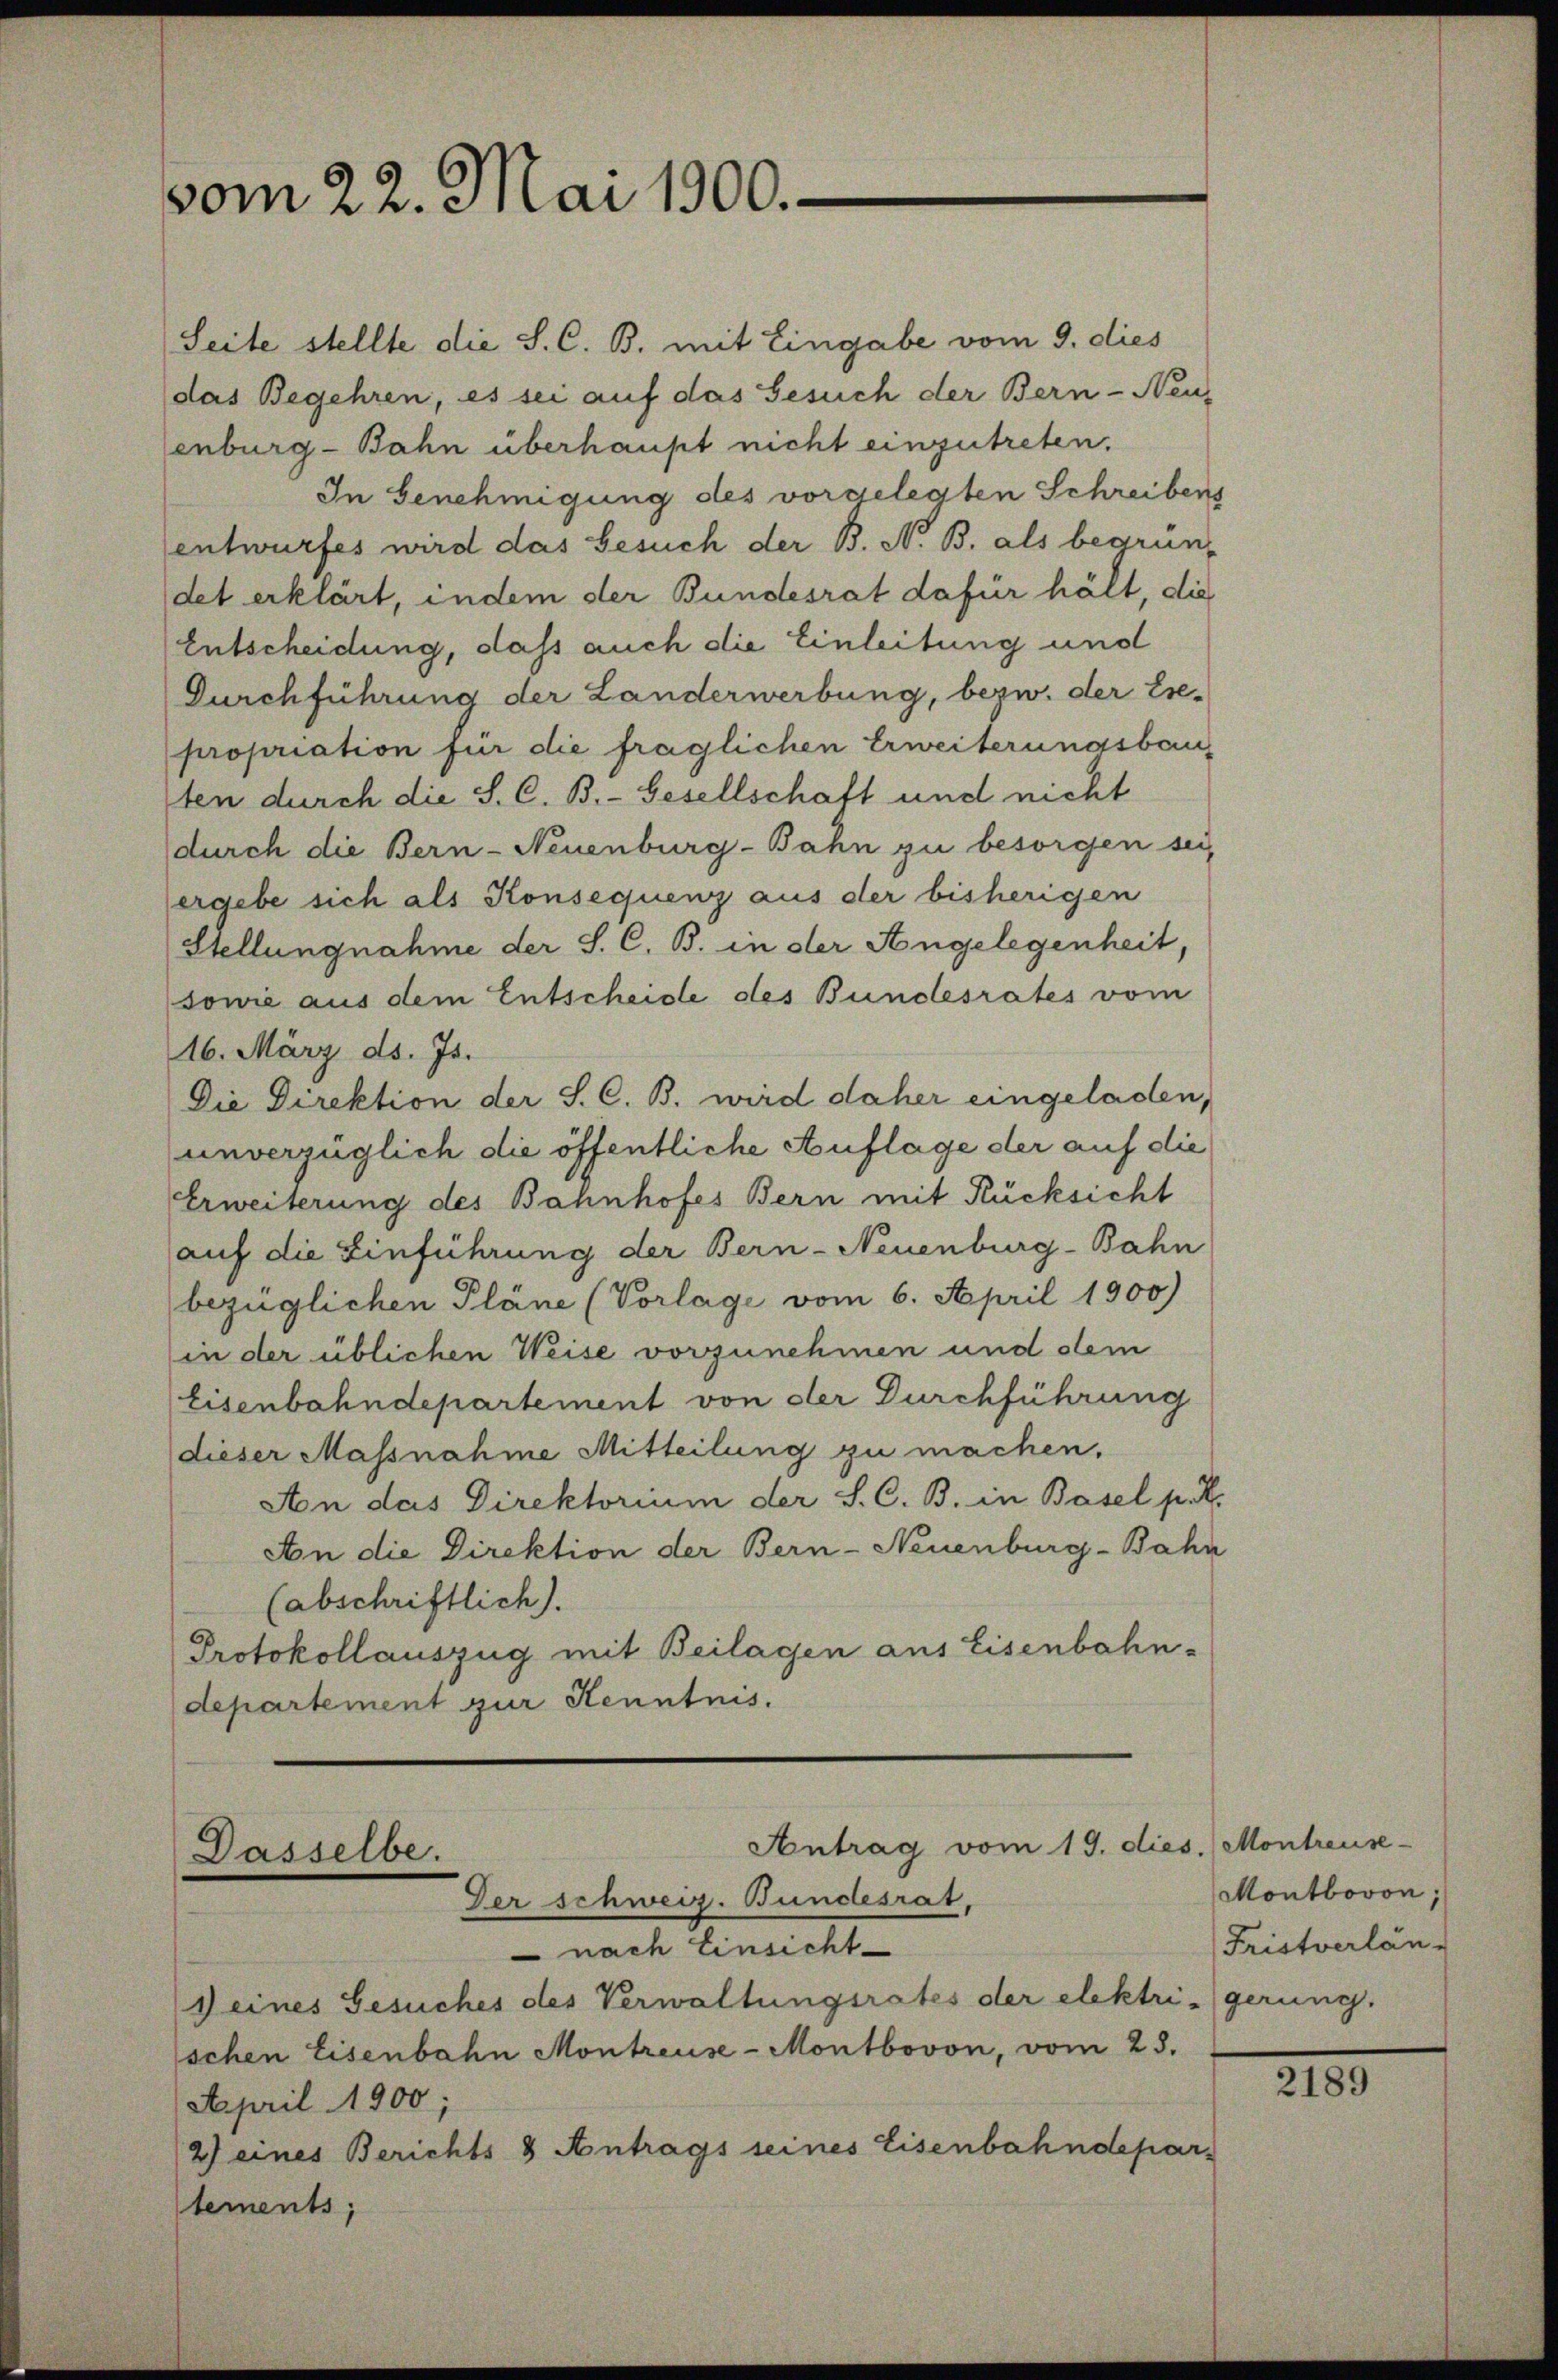
vom 22. Mai 1900.

Antrag vom 19. dies. Montreuse-
Dasselbe.
Der schweiz. Bundesrat,

Seite stellte die S. C. B. mit Eingabe vom 9. dies
das Begehren, es sei auf das Gesuch der Bern - Neuenburg-Bahn überhaupt nicht einzutreten.
In Genehmigung des vorgelegten Schreibens
entwurfes wird das Gesuch der B. N. B. als begrün-
det erklärt, indem der Bundesrat dafür hält, die
Entscheidung, dass auch die Einleitung und
Durchführung der Landerwerbung, bezw. der Exe-
propriation für die fraglichen Erweiterungsbauten durch die S. C. B.-Gesellschaft und nicht
durch die Bern- Neuenburg-Bahn zu besorgen sei,
ergebe sich als Konsequenz aus der bisherigen
Stellungnahme der S. C. B. in der Angelegenheit,
sowie aus dem Entscheide des Bundesrates vom
16. März d. Js.
Die Direktion der S. C. B. wird daher eingeladen,
unverzüglich die öffentliche Auflage der auf die
Erweiterung des Bahnhofes Bern mit Rücksicht
auf die Einführung der Bern-Neuenburg-Bahn
bezüglichen Pläne (Vorlage vom 6. April 1900)
in der üblichen Weise vorzunehmen und dem
Eisenbahndepartement von der Durchführung
dieser Massnahme Mitteilung zu machen,
An das Direktorium der S. C. B. in Basel p. R.
An die Direktion der Bern-Neuenburg-Bahn
(abschriftlich).
Protokollauszug mit Beilagen aus Eisenbahn-
departement zur Kenntnis.

Montbovon;
Fristverlan-

nach Einsicht
1 eines Gesuches des Verwaltungsrates der elektrigerung.
schen Eisenbahn Montreuse-Montbovon, vom 25.
April 1900;
2) eines Berichts & Antrags seines Eisenbahndepar-
tements;

2189